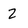
Character: 2